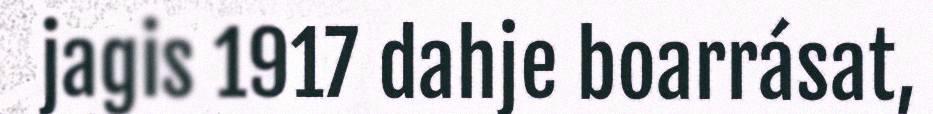
jagis 1917 dahje boarrásat,